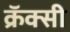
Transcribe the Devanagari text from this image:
क्रॅक्सी